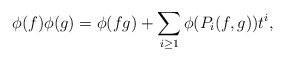
\begin{align*}\phi(f)\phi(g) = \phi(fg) + \sum_{i\geq 1}\phi(P_i(f,g))t^i,\end{align*}